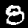
Label: 8